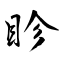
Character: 眕